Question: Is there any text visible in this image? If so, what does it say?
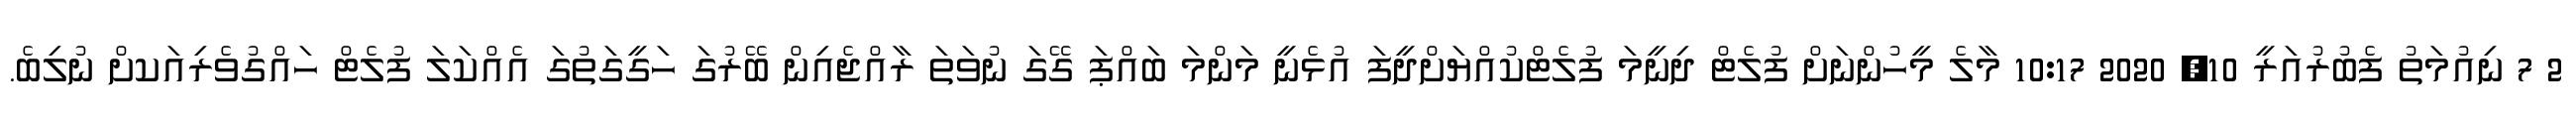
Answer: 2 7 ނިއުމަތު ފެބުރުއަރީ 10, 2020 10:17 މާލެ މީހުންނަށް ފުލެޓް ދިނީމަ ފުލެޓްކުއްޔަށްދީފަ އުޅެނީ މަންމަ ބައްޕަ ގޭގަ ނުވަތަ ރާއްޖެއިން ބޭރުގަ ހަގީގަތުގަ އެއްކަލަ ފުލެޓް ހައްގުވެރިއަކށް ނުލިބެ.